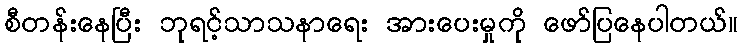
စီတန်းနေပြီး ဘုရင့်သာသနာရေး အားပေးမှုကို ဖော်ပြနေပါတယ်။